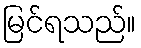
မြင်ရသည်။